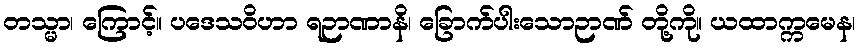
တသ္မာ၊ ကြောင့်။ ပဒေသဝိဟာ ရဉာဏာနိ၊ ခြောက်ပါးသောဉာဏ် တို့ကို။ ယထာက္ကမေန၊